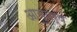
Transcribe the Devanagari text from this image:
आयुवर्ष